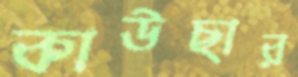
কাউছার